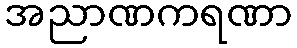
အညာဏကရဏာ